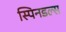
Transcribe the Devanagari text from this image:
स्पिनडल्स